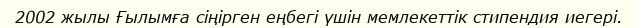
2002 жылы Ғылымға сіңірген еңбегі үшін мемлекеттік стипендия иегері.